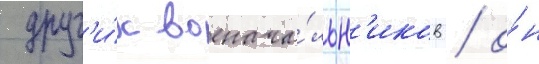
друг'и́х военача́льн'иков / о́н